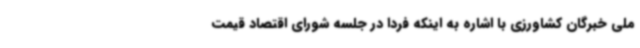
ملی خبرگان کشاورزی با اشاره به اینکه فردا در جلسه شورای اقتصاد قیمت